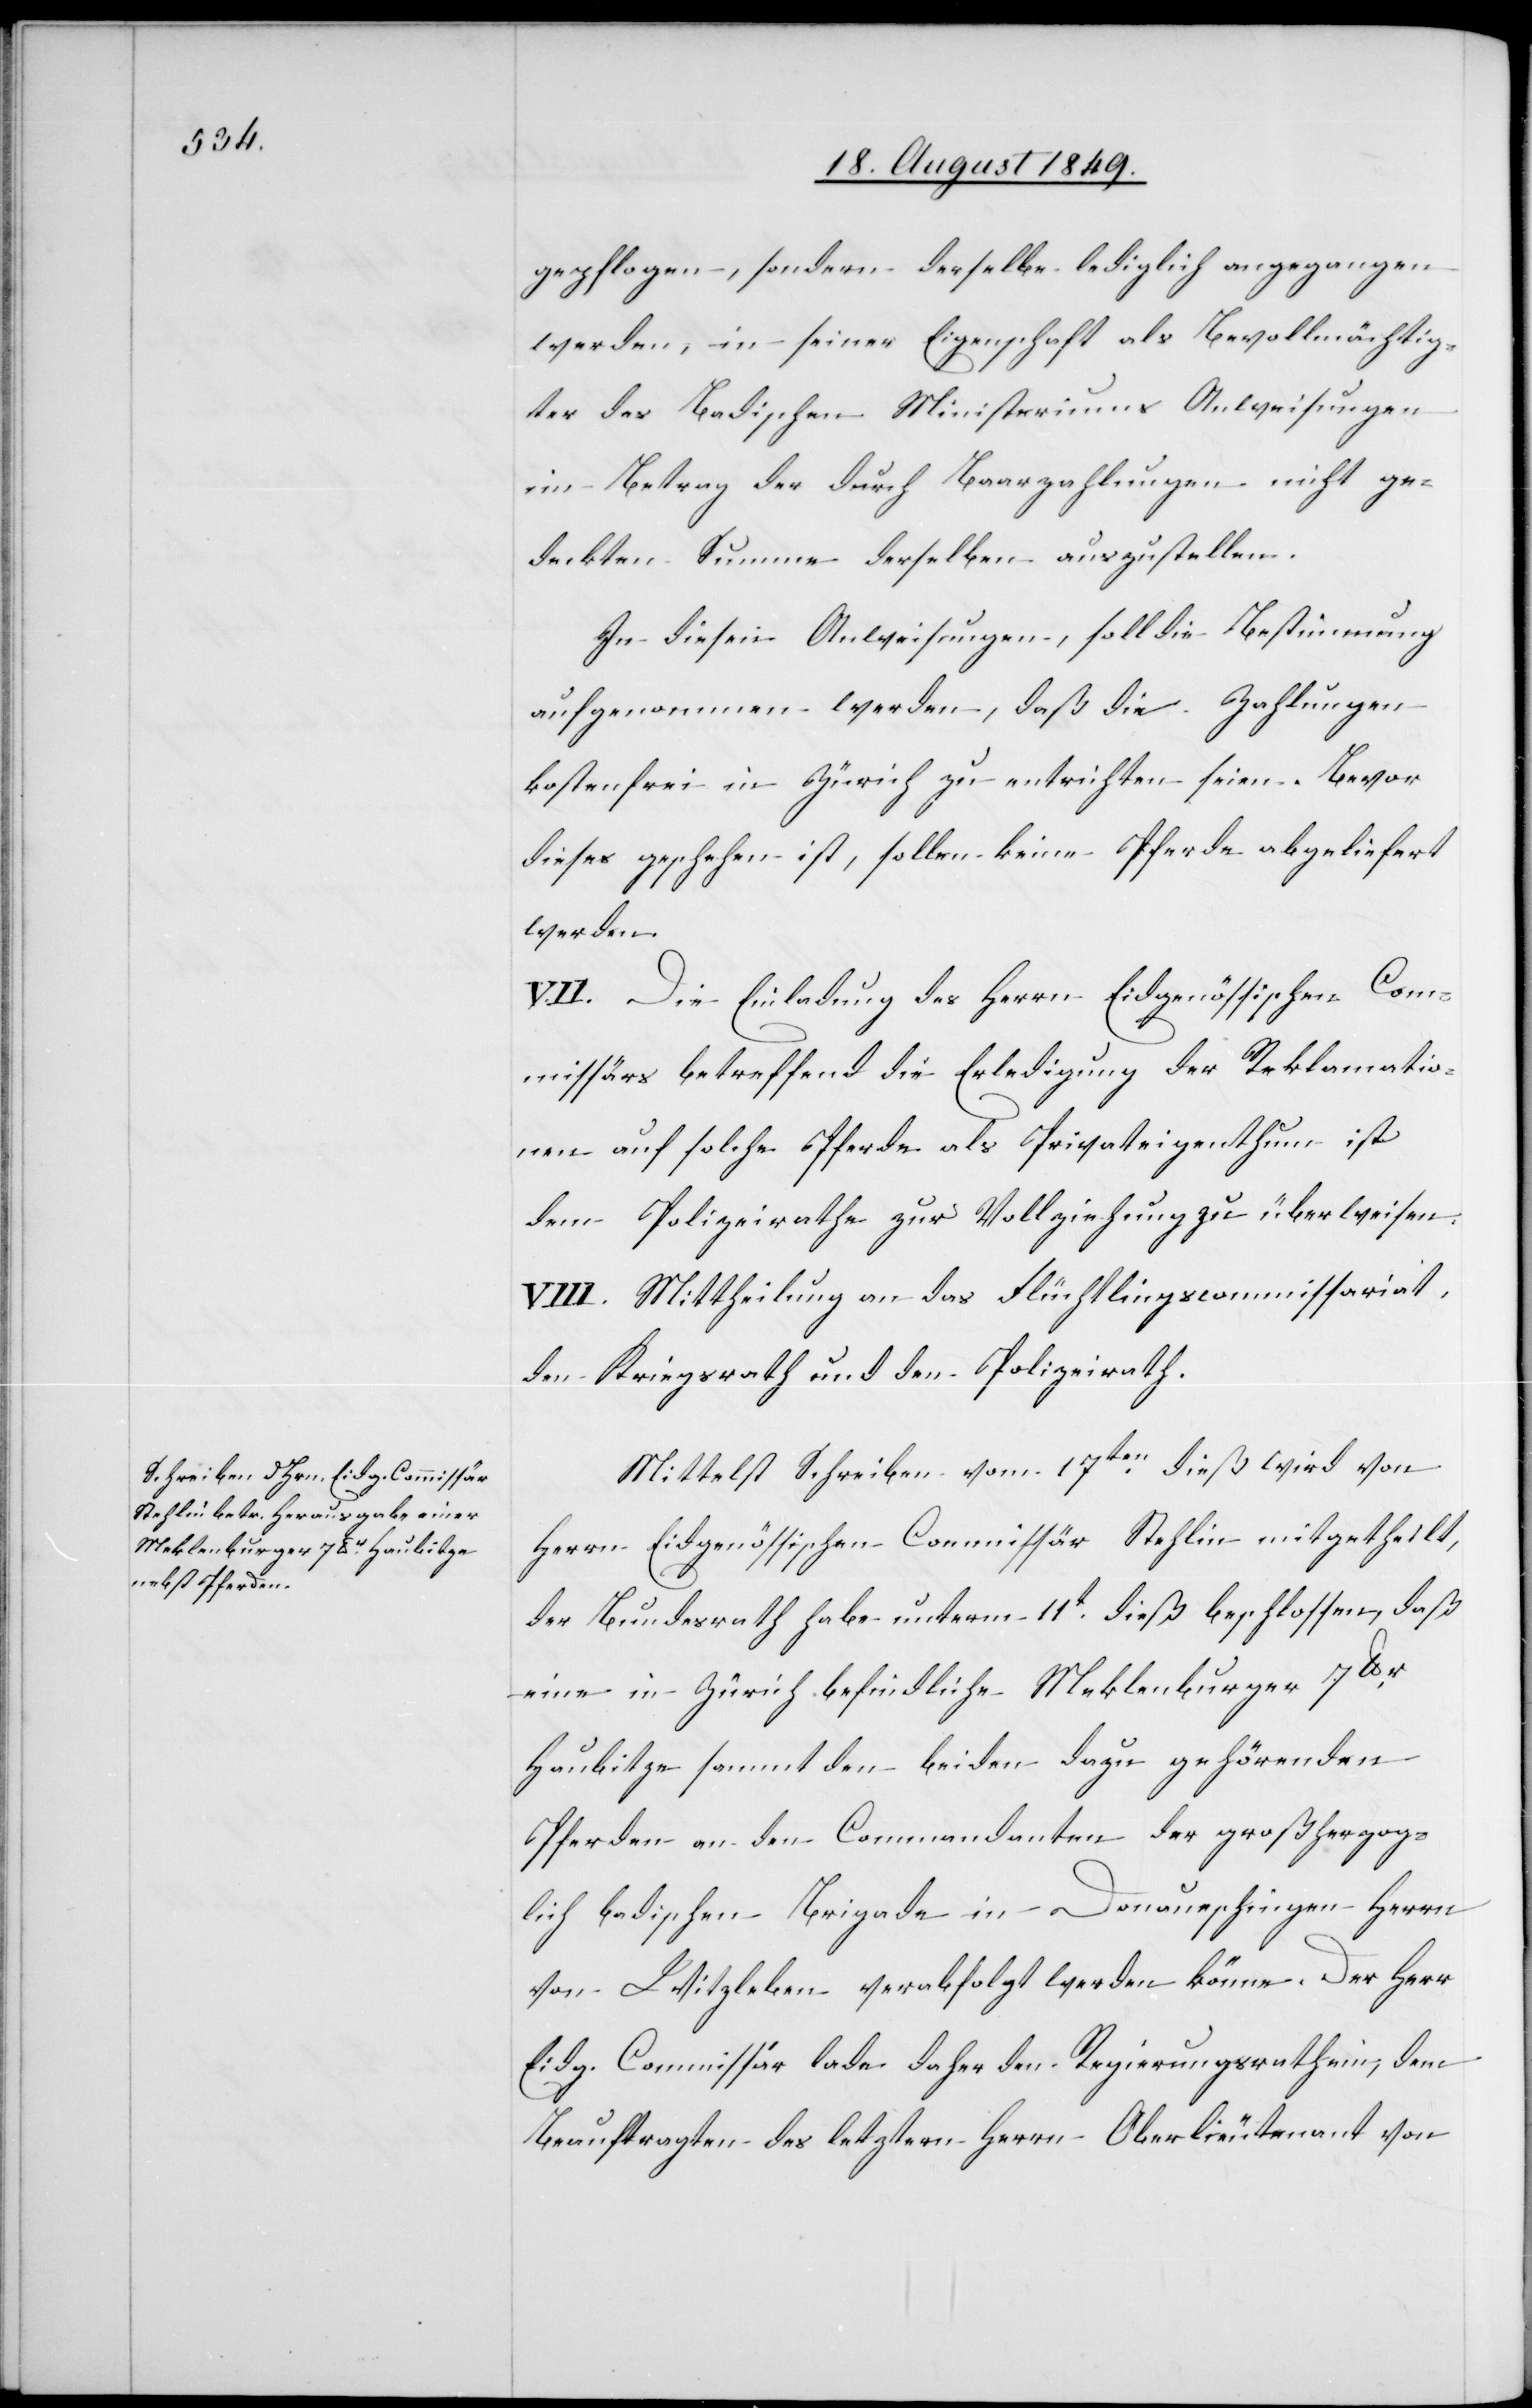
gepflogen, sondern derselbe lediglich angegangen
werden, in seiner Eigenschaft als Bevollmächtig¬
ter des Badischen Ministeriums Anweisungen
im Betrag der durch Baarzahlungen nicht ge¬
deckten Summe derselben auszustellen.
In diesen Anweisungen, soll die Bestimmung
aufgenommen werden, daß die Zahlungen
kostenfrei in Zürich zu entrichten seien. Bevor
dieses geschehen ist, sollen keine Pferde abgeliefert
werden.
VII. Die Einladung des Herrn Eidgenössischen Com¬
missärs betreffend die Erledigung der Reklamatio¬
nen auf solche Pferde als Privateigenthum ist
dem Polizeirathe zur Vollziehung zu überweisen.
VIII. Mittheilung an das Flüchtlingscommissariat,
den Kriegsrath und den Polizeirath.
Mittelst Schreiben vom 17ten dieß wird von
Herrn Eidgenössischen Commissär Stehlin mitgetheilt,
der Bundesrath habe unterm 11t dieß beschlossen, daß
eine in Zürich befindliche Meklenburger 7lbr
Haubitze sammt den beiden dazu gehörenden
Pferden an den Commandanten der großherzog¬
lich badischen Brigade in Donaueschingen Herrn
von Witzleben verabfolgt werden könne. Der Herr
Eidg. Commissär lade daher den Regierungsrath ein, dem
Beauftragten des letztern Herrn Oberlieutenant von